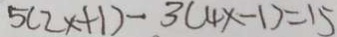
5 ( 2 x + 1 ) - 3 ( 4 x - 1 ) = 1 5